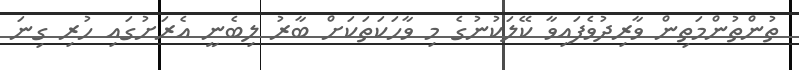
ތުންތުންމަތިން ވާރިދުވެފައިވާ ކޭލަކުނުގެ މި ވާހަކަތަކަށް ބާރު ލިބެނީ އެރަށުގައި ހުރި ގިނަ